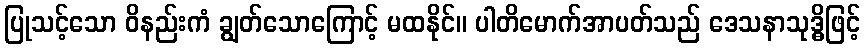
ပြုသင့်သော ဝိနည်းကံ ချွတ်သောကြောင့် မထနိုင်။ ပါတိမောက်အာပတ်သည် ဒေသနာသုဒ္ဓိဖြင့်